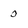
Character: o